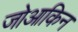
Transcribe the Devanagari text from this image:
जोआकिन